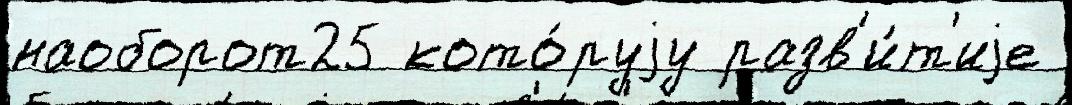
наоборот25 кото́руjу разв'и́т'иjе